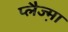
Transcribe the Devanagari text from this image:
प्लैज्म़ा